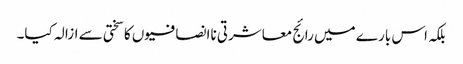
بلکہ اس بارے میں رائج معاشرتی ناانصافیوں کا سختی سے ازالہ کیا۔